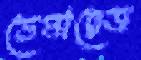
ডেমারেজ